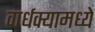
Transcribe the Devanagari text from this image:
वार्धक्यामध्ये